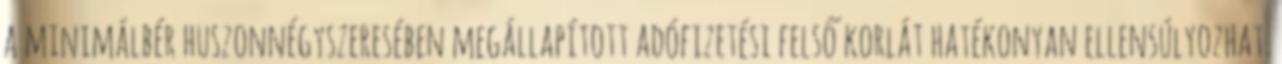
a minimálbér huszonnégyszeresében megállapított adófizetési felső korlát hatékonyan ellensúlyozhat.